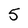
Character: 5